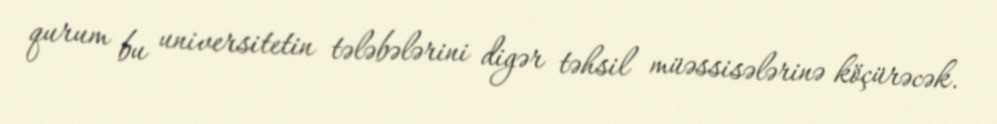
qurum bu universitetin tələbələrini digər təhsil müəssisələrinə köçürəcək.